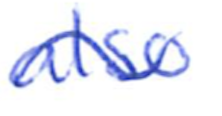
Text: also
Cross-out: mix
Writing tool: ballpoint